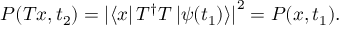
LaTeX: P ( T x , t _ { 2 } ) = \left| \langle x \right| T ^ { \dagger } T \left| \psi ( t _ { 1 } ) \rangle \right| ^ { 2 } = P ( x , t _ { 1 } ) .